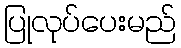
ပြုလုပ်ပေးမည်